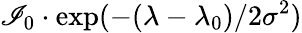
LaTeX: \mathscr{I}_{0}\cdot\exp(-(\lambda-\lambda_{0})/2\sigma^{2})